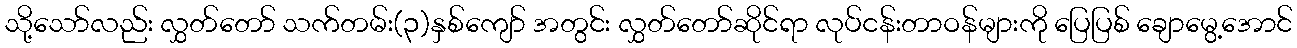
သို့သော်လည်း လွှတ်တော် သက်တမ်း(၃)နှစ်ကျော် အတွင်း လွှတ်တော်ဆိုင်ရာ လုပ်ငန်းတာဝန်များကို ပြေပြစ် ချောမွေ့အောင်